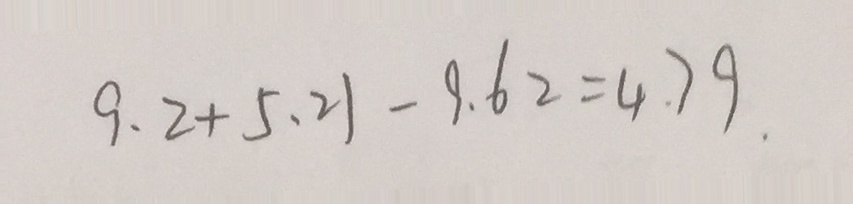
9 . 2 + 5 . 2 1 - 9 . 6 2 = 4 . 7 9 .